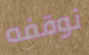
نوقفه